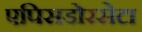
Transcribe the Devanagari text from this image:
एपिसडोरसेटा